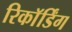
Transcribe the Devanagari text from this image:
रिकाॅर्डिंग